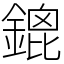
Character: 鎞